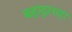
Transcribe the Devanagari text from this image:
बहादुरशहर